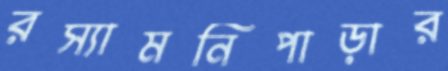
রস্যামনিপাড়ার